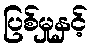
ပြစ်မှုနှင့်